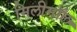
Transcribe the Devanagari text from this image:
मिलीमॉल